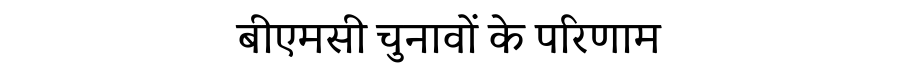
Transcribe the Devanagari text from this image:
बीएमसी चुनावों के परिणाम